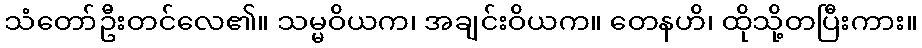
သံတော်ဦးတင်လေ၏။ သမ္မဝိယက၊ အချင်းဝိယက။ တေနဟိ၊ ထိုသို့တပြီးကား။